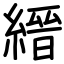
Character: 縉